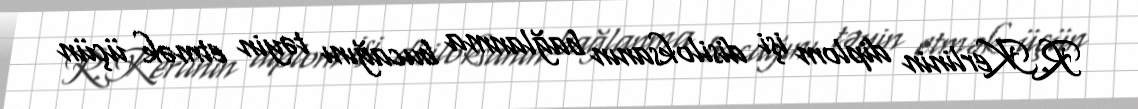
R.Kerlinin diplom işi disiloksanın bağlanma bucağını təyin etmək üçün